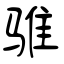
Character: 骓